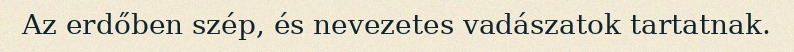
Az erdőben szép, és nevezetes vadászatok tartatnak.